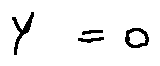
Y = 0